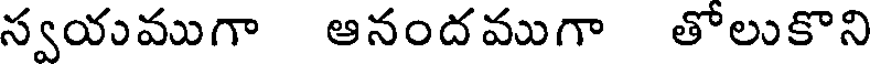
స్వయముగా ఆనందముగా తోలుకొని